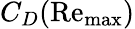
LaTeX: C_{D}(\mathrm{{Re_{max}})}